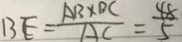
B E = \frac { A B \times D C } { A C } = \frac { 4 8 } { 5 }